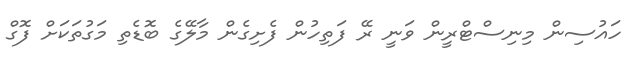
ހައުސިން މިނިސްޓްރީން ވަނީ ރޭ ފަތިހުން ފެށިގެން މާލޭގެ ބޮޑެތި މަގުތަކަށް ފޮގް